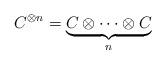
LaTeX: \begin{align*}C^{\otimes n}=\underbrace{C\otimes\cdots\otimes C}_{n}\end{align*}